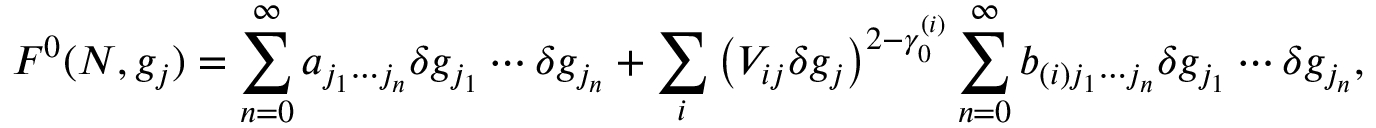
F ^ { 0 } ( N , g _ { j } ) = \sum _ { n = 0 } ^ { \infty } a _ { j _ { 1 } \cdots j _ { n } } \delta g _ { j _ { 1 } } \cdots \delta g _ { j _ { n } } + \sum _ { i } \left( V _ { i j } \delta g _ { j } \right) ^ { 2 - \gamma _ { 0 } ^ { ( i ) } } \sum _ { n = 0 } ^ { \infty } b _ { ( i ) j _ { 1 } \cdots j _ { n } } \delta g _ { j _ { 1 } } \cdots \delta g _ { j _ { n } } ,